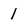
Character: 1